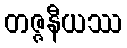
တဇ္ဇနီယဿ